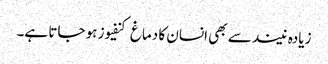
زیادہ نیند سے بھی انسان کا دماغ کنفیوز ہو جاتا ہے۔